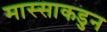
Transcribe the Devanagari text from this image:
मास्साकडुन